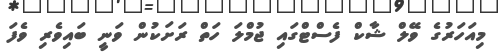
މިއަހަރުގެ ވޭލް ޝާކް ފެސްޓްގައި ޖުމްލަ ހަތް ރަށަކުން ވަނީ ބައިވެރި ވެފަ